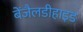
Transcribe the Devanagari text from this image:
बेंजैलडीहाइड